65_HS1-834228961_62-HQ-83894_Serial_164
Agency: FBI
Page 48
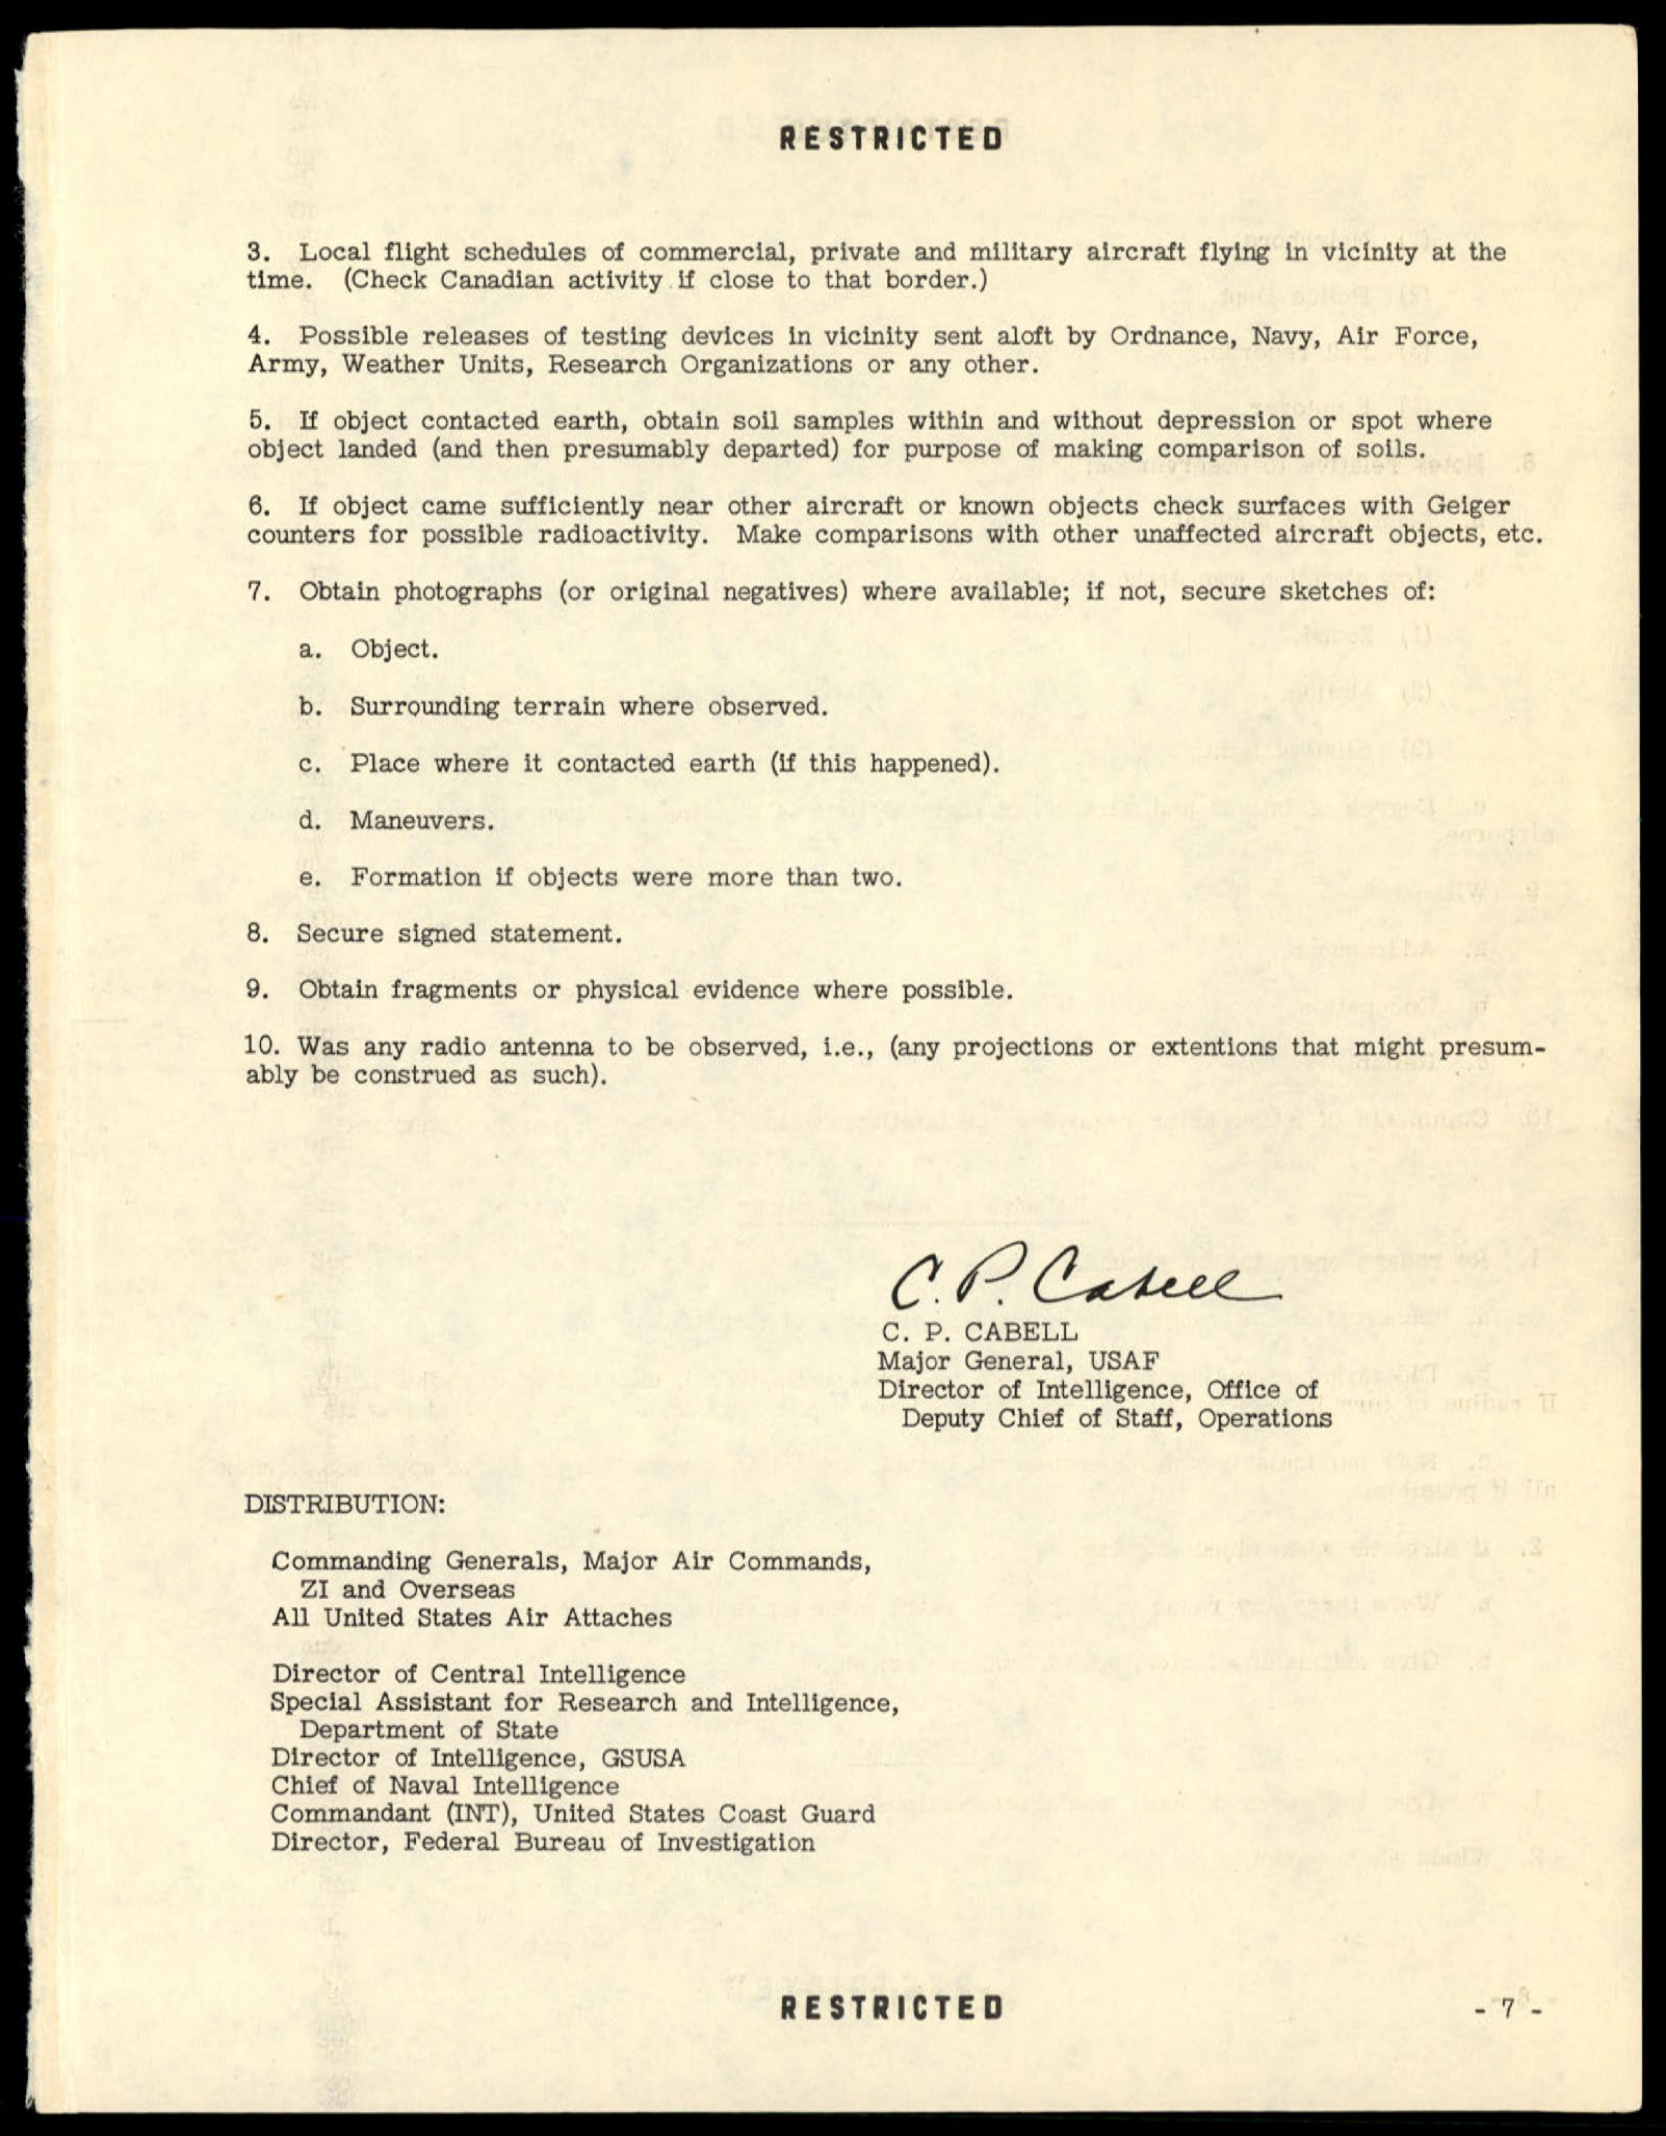